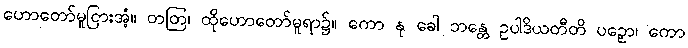
ဟောတော်မူငြားအံ့။ တတြ၊ ထိုဟောတော်မူရာ၌။ ကော နု ခေါ ဘန္တေ ဥပါဒိယတီတိ ပဉှော၊ ကော